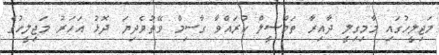
މަޖިލީހުގައި މާމިގިލީ ދާއިރާ ތަމްސީލް ކުރައްވާ ގާސިމް ވޭތުވެދިޔަ ދޮޅު އަހަރު މަޖިލީހުގެ